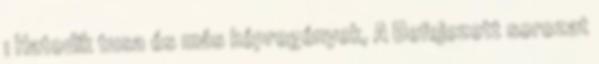
1 Hatodik tusa és más képregények, A Befejezett sorozat